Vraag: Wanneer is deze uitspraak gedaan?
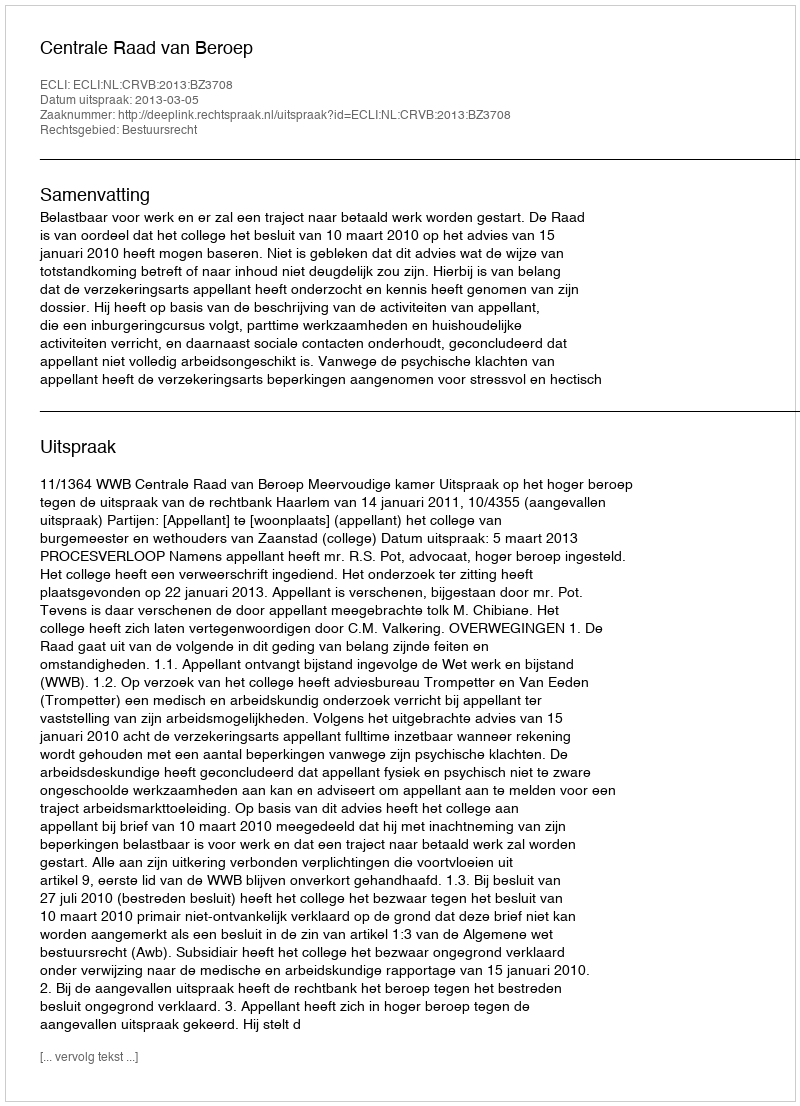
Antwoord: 2013-03-05